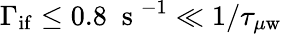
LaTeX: \Gamma_{\mathrm{if}}\le 0.8\; \mathrm{~s~}^{-1}\ll 1/\tau_{\mu\mathrm{w}}